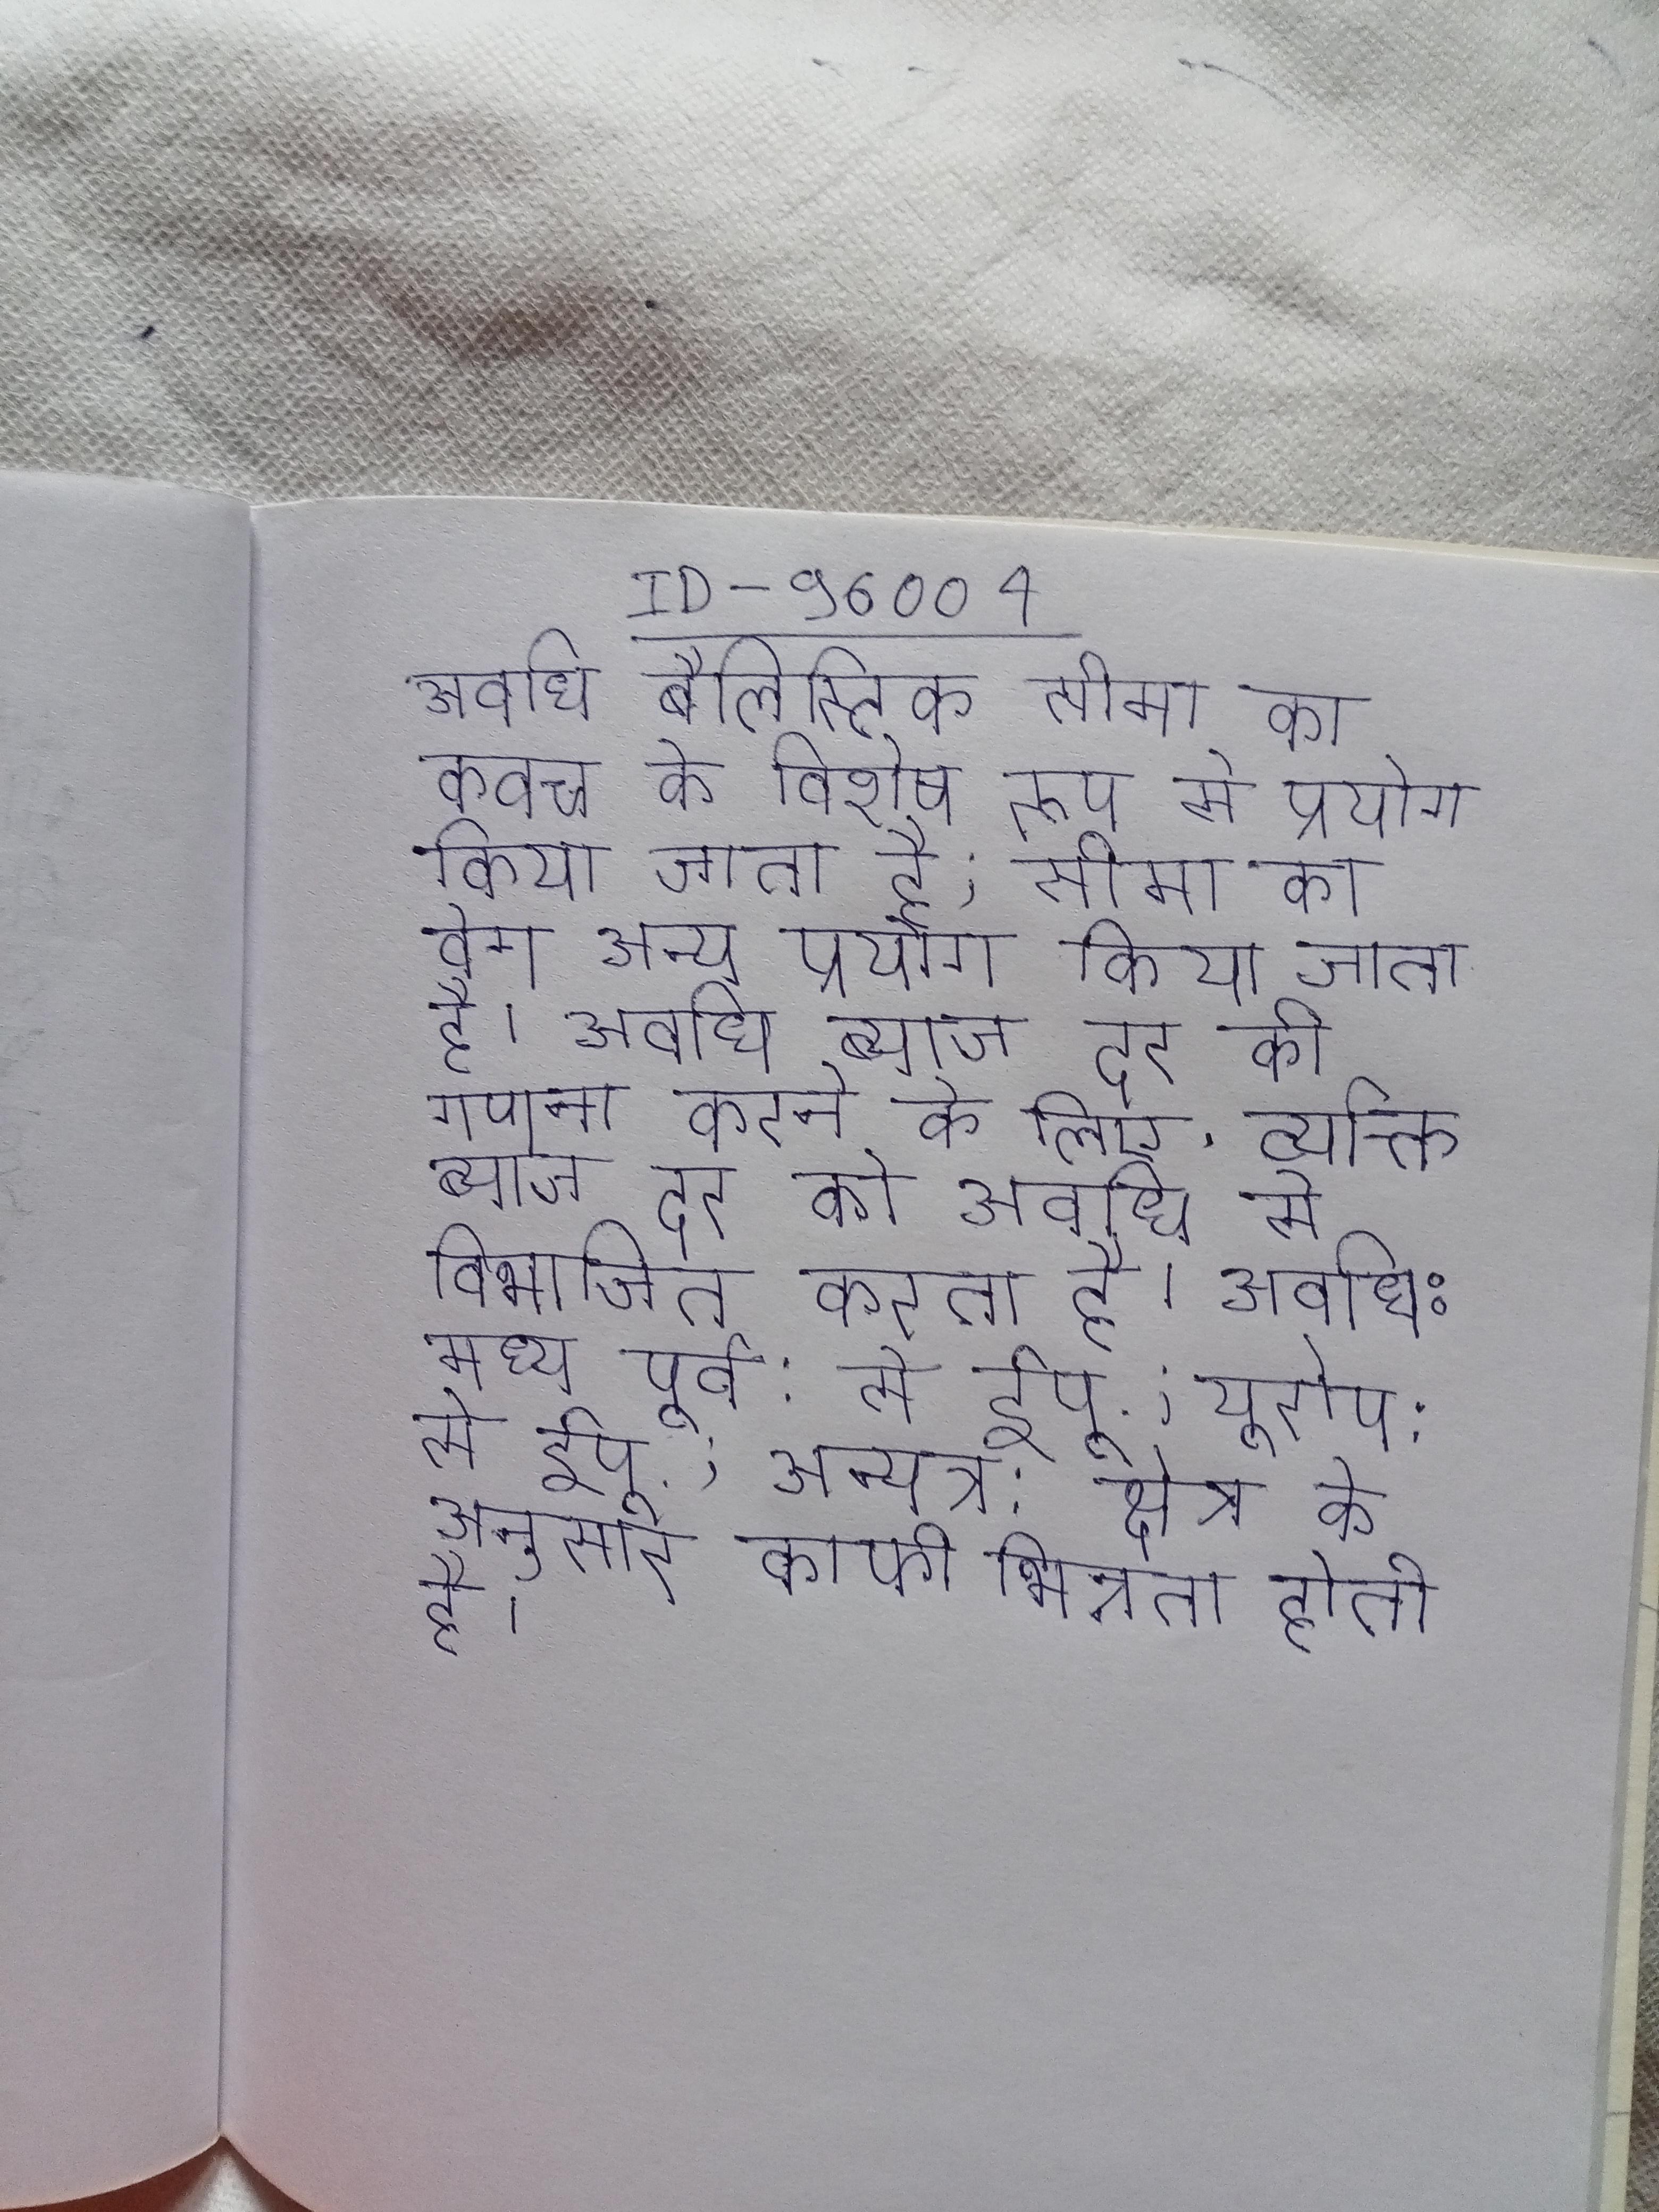
अवधि बैलिस्टिक सीमा का कवच के विशेष रूप से प्रयोग किया जाता है; सीमा का वेग अन्य प्रयोग किया जाता है । अवधि ब्याज दर की गणना करने के लिए, व्यक्ति ब्याज दर को अवधि से विभाजित करता है । अवधि: मध्य पूर्व: से ईपू.; यूरोप: से ईपू.; अन्यत्र: क्षेत्र के अनुसार काफी भिन्नता होती है ।